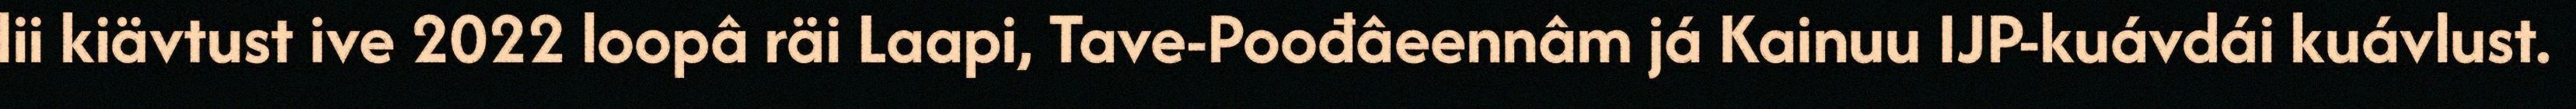
lii kiävtust ive 2022 loopâ räi Laapi, Tave-Poođâeennâm já Kainuu IJP-kuávdái kuávlust.